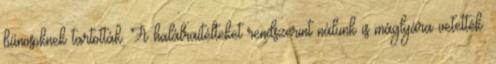
bűnösöknek tartották. A halálraítélteket rendszerint nálunk is máglyára vetették.